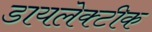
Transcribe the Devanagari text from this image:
डायलेक्टीक